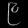
Digit: ၉